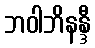
ဘဝါဘိနန္ဒီ